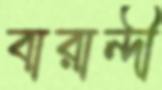
বারান্দী